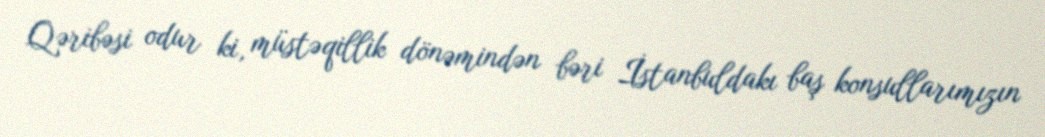
Qəribəsi odur ki, müstəqillik dönəmindən bəri İstanbuldakı baş konsullarımızın